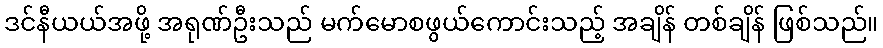
ဒင်နီယယ်အဖို့ အရုဏ်ဦးသည် မက်မောစဖွယ်ကောင်းသည့် အချိန် တစ်ချိန် ဖြစ်သည်။